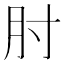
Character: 肘